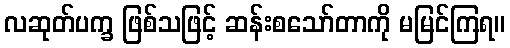
လဆုတ်ပက္ခ ဖြစ်သဖြင့် ဆန်းစသော်တာကို မမြင်ကြရ။